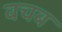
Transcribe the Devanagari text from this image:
वचब